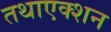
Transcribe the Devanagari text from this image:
तथाएक्शन